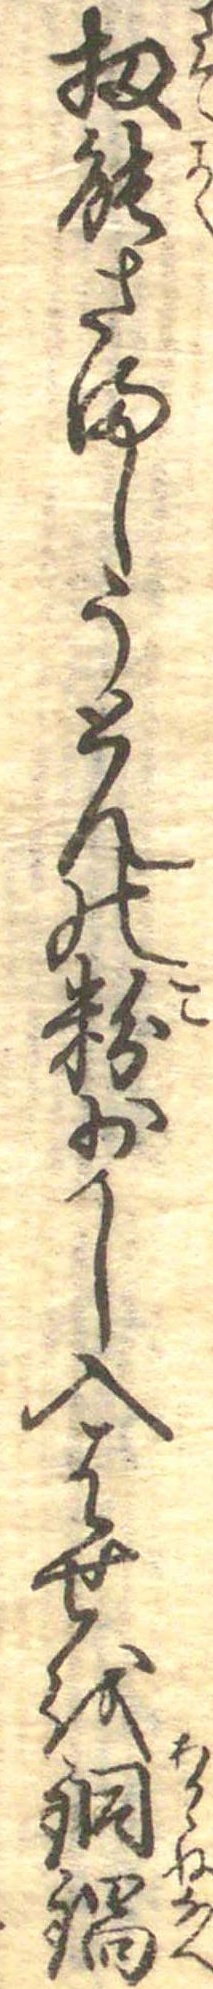
扨能さましうとんの粉少し入はせを銅鍋